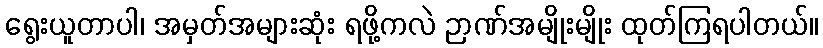
ရွေးယူတာပါ၊ အမှတ်အများဆုံး ရဖို့ကလဲ ဉာဏ်အမျိုးမျိုး ထုတ်ကြရပါတယ်။